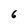
Character: 6